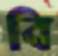
বি